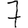
Digit: 7